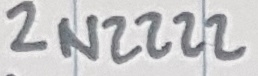
Text: 2N2222